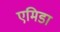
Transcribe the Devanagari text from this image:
एमिडा